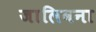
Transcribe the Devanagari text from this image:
जालिबना